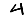
Digit: 4